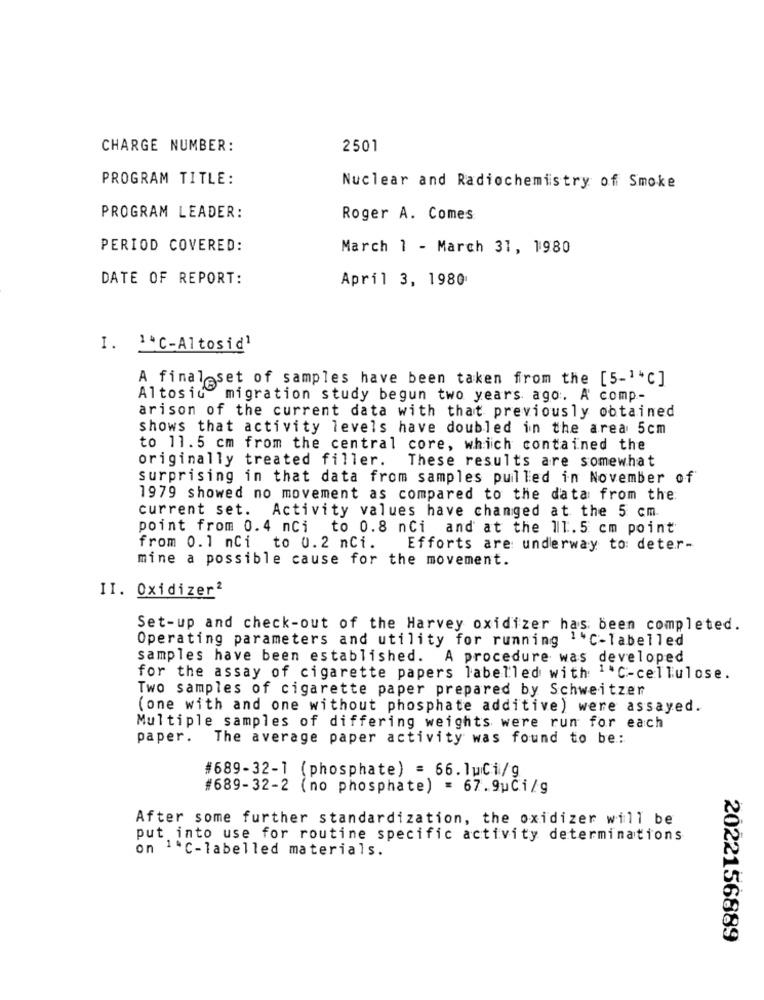
CHARGE NUMBER:
2501
PROGRAM TITLE:
Nuclear and Radiochemistry of Smoke
PROGRAM LEADER:
Roger A. Comes
PERIOD COVERED:
March 1 - March 31, 1980
DATE OF REPORT:
April 3, 1980
I. IC-Altosid1
A finaleset of samples have been taken from the [5-1*c]
Altosiu migration study begun two years ago. A comp-
arison of the current data with that previously obtained
shows that activity levels have doubled in the area 5cm
to 11.5 cm from the central core, which contained the
originally treated filler.
These results are somewhat
surprising in that data from samples pulled in November of
1979 showed no movement as compared to the data from the
current set. Activity values have changed at the 5 cm.
point from 0.4 nci to 0.8 nci and at the 11.5 cm point
from 0.1 nci to 0.2 nci.
Efforts are underway to: deter-
mine a possible cause for the movement.
II. Oxidizer2
Set-up and check-out of the Harvey oxidizer has been completed.
Operating parameters and utility for running 1'C-labelled
samples have been established. A procedure was developed
for the assay of cigarette papers labelled with 1*C-cellulose.
Two samples of cigarette paper prepared by Schweitzer
(one with and one without phosphate additive) were assayed.
Multiple samples of differing weights were run for each
paper.
The average paper activity was found to be:
#689-32-1 (phosphate) = 66.1uCi/g
#689-32-2 (no phosphate) = 67.9uCi/g
After some further standardization, the oxidizer will be
put into use for routine specific activity determinations
on 14℃-labelled materials.
2022156889